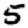
Digit: 5